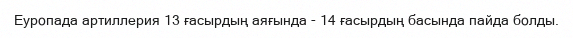
Еуропада артиллерия 13 ғасырдың аяғында - 14 ғасырдың басында пайда болды.